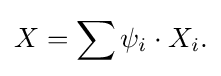
\displaystyle {X=\sum \psi _{i}\cdot X_{i}.}